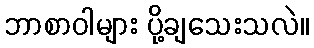
ဘာစာဝါများ ပို့ချသေးသလဲ။